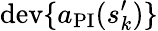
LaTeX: \mathrm{dev}\{ a_{\mathrm{PI}}(s_{k}^{\prime})\}